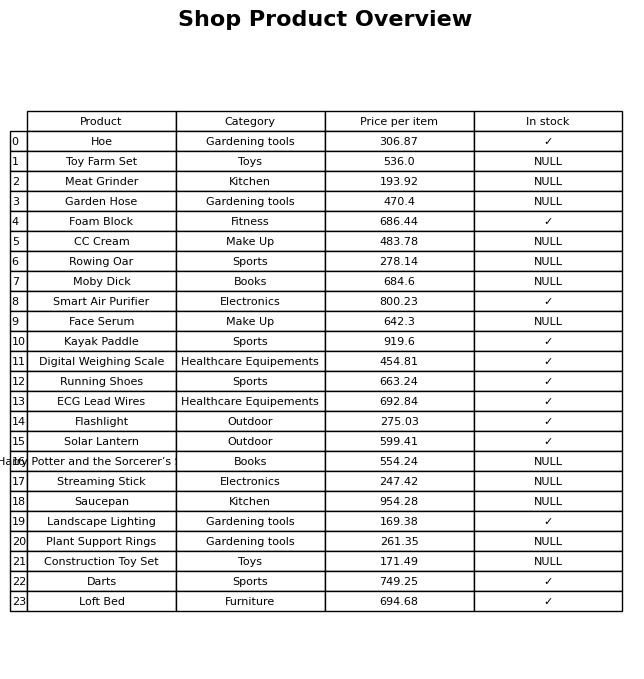
question: Is the Harry Potter and the Sorcerer’s Stone in stock?
answer: NULL